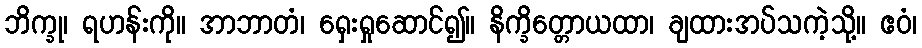
ဘိက္ခု၊ ရဟန်းကို။ အာဘာတံ၊ ရှေးရှုဆောင်၍။ နိက္ခိတ္တောယထာ၊ ချထားအပ်သကဲ့သို့။ ဧဝံ၊